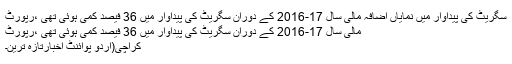
سگریٹ کی پیداوار میں نمایاں اضافہ مالی سال 17-2016 کے دوران سگریٹ کی پیداوار میں 36 فیصد کمی ہوئی تھی ،ْرپورٹ
مالی سال 17-2016 کے دوران سگریٹ کی پیداوار میں 36 فیصد کمی ہوئی تھی ،ْرپورٹ
کراچی(اُردو پوائنٹ اخبارتازہ ترین۔